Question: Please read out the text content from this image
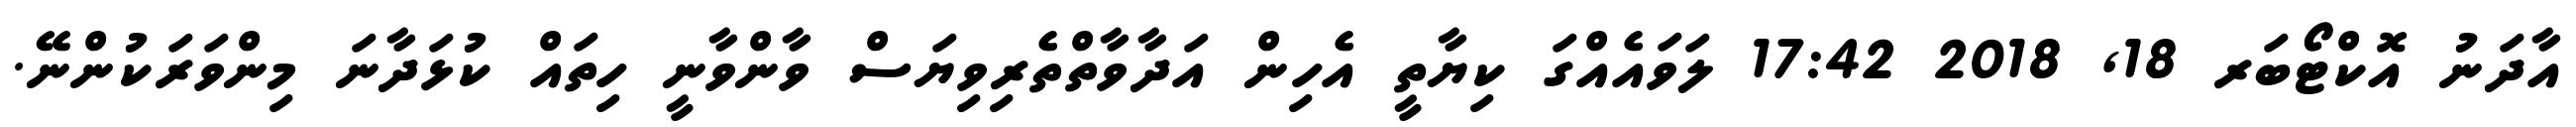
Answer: އާދަނު އޮކްޓޯބަރ 18, 2018 17:42 ލަވައެއްގަ ކިޔާތީ އެހިން އަދާވާތްތެރިވިޔަސް ވާންވާނީ ހިތައް ކުޅަދާނަ މިންވަރަކުންނޭ.